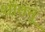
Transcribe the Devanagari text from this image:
शांतनू